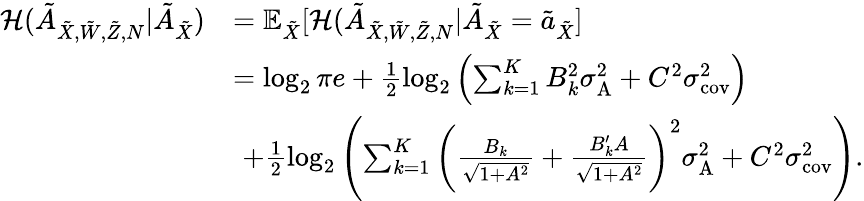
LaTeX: \begin{array}{rl}{\mathcal{H}(\tilde{A}_{{{\tilde{X}}},\tilde{W},\tilde{Z},N}|\tilde{A}_{{{\tilde{X}}}})}&{=\mathbb{E}_{\tilde{X}}[\mathcal{H}(\tilde{A}_{{{\tilde{X}}},\tilde{W},\tilde{Z},N}|\tilde{A}_{{{\tilde{X}}}}=\tilde{a}_{\tilde{X}}]}\\ &{=\log_{2}\pi e+\frac{1}{2}\log_{2}\left({\sum_{k=1}^{K}B_{k}^{2}\sigma_{\textrm{A}}^{2}+C^{2}\sigma_{\textrm{cov}}^{2}}\right)}\\ &{\, \, +\frac{1}{2}\log_{2}\left({{\sum_{k=1}^{K}\bigg(\frac{B_{k}}{\sqrt{1+A^{2}}}+\frac{B_{k}^{\prime}A}{\sqrt{1+A^{2}}}\bigg)^{2}}\sigma_{\textrm{A}}^{2}+C^{2}\sigma_{\textrm{cov}}^{2}}\right).}\end{array}